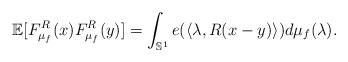
LaTeX: \begin{align*}\mathbb{E}[F^R_{\mu_{f}}(x)F^R_{\mu_{f}}(y)]= \int_{\mathbb{S}^1} e(\langle\lambda, R(x-y)\rangle)d\mu_{f}(\lambda). \end{align*}